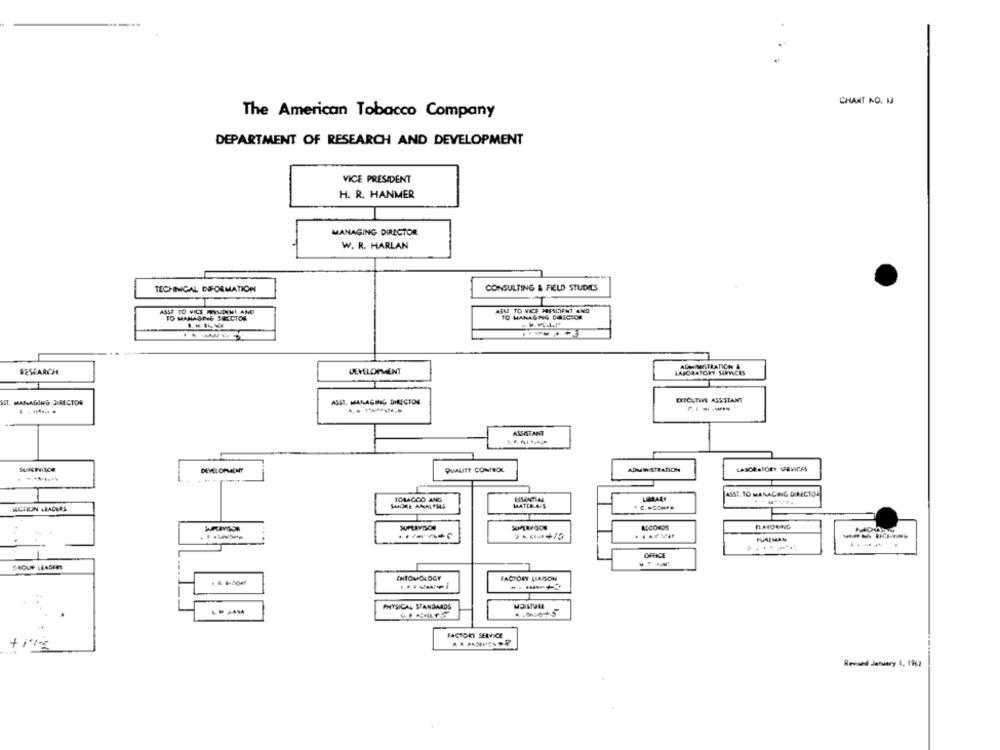
CHART NO. I
The American Tobacco Company
DEPARTMENT OF RESEARCH AND DEVELOPMENT
VICE PRESIDENT
H. R. HANMER
MANAGING DIRECTOR
W. R. HARLAN
TECHNICAL INFORMATION
CONSULTING & FIELD STUDIES
ASSE TO VICS MYSOINI AND
TO MANAGING PERCTOS
ASSE TO VICE MIESIDENT AND
TO MANAGING DIRECTOR
ADMIMATRATICH IT
RESEARCH
DEVELOPMENT
LABORATORY HRRICES
EXECUTIVE ASSISTANT
SST. MANAGING DIRECTOR
ASSI. MANAGING DIRECTOR
. . ..... .
ASSISTANT
DEVELOPMENT
QUALITY CONTROL
ADMIN STRATION
ASST. TO MANAGING DIRECTOR
TOBACCO AND
LIBRARY
CHUN LIAGNES
MATELAS
SUPLAYSSON
IL AYOUNG
KAIMAN
OFFICE
ENTOMOLOGY
FACTORY LIAISON
PHYSICAL STANDARDS
FACTORY SERVICE
Revised January 1. 1962